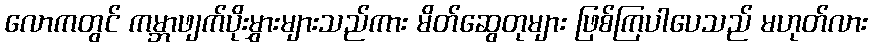
လောကတွင် ကမ္ဘာဖျက်ပိုးမွှားများသည်ကား မိတ်ဆွေတုများ ဖြစ်ကြပါပေသည် မဟုတ်လား